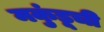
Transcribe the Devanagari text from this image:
मकुंडूची